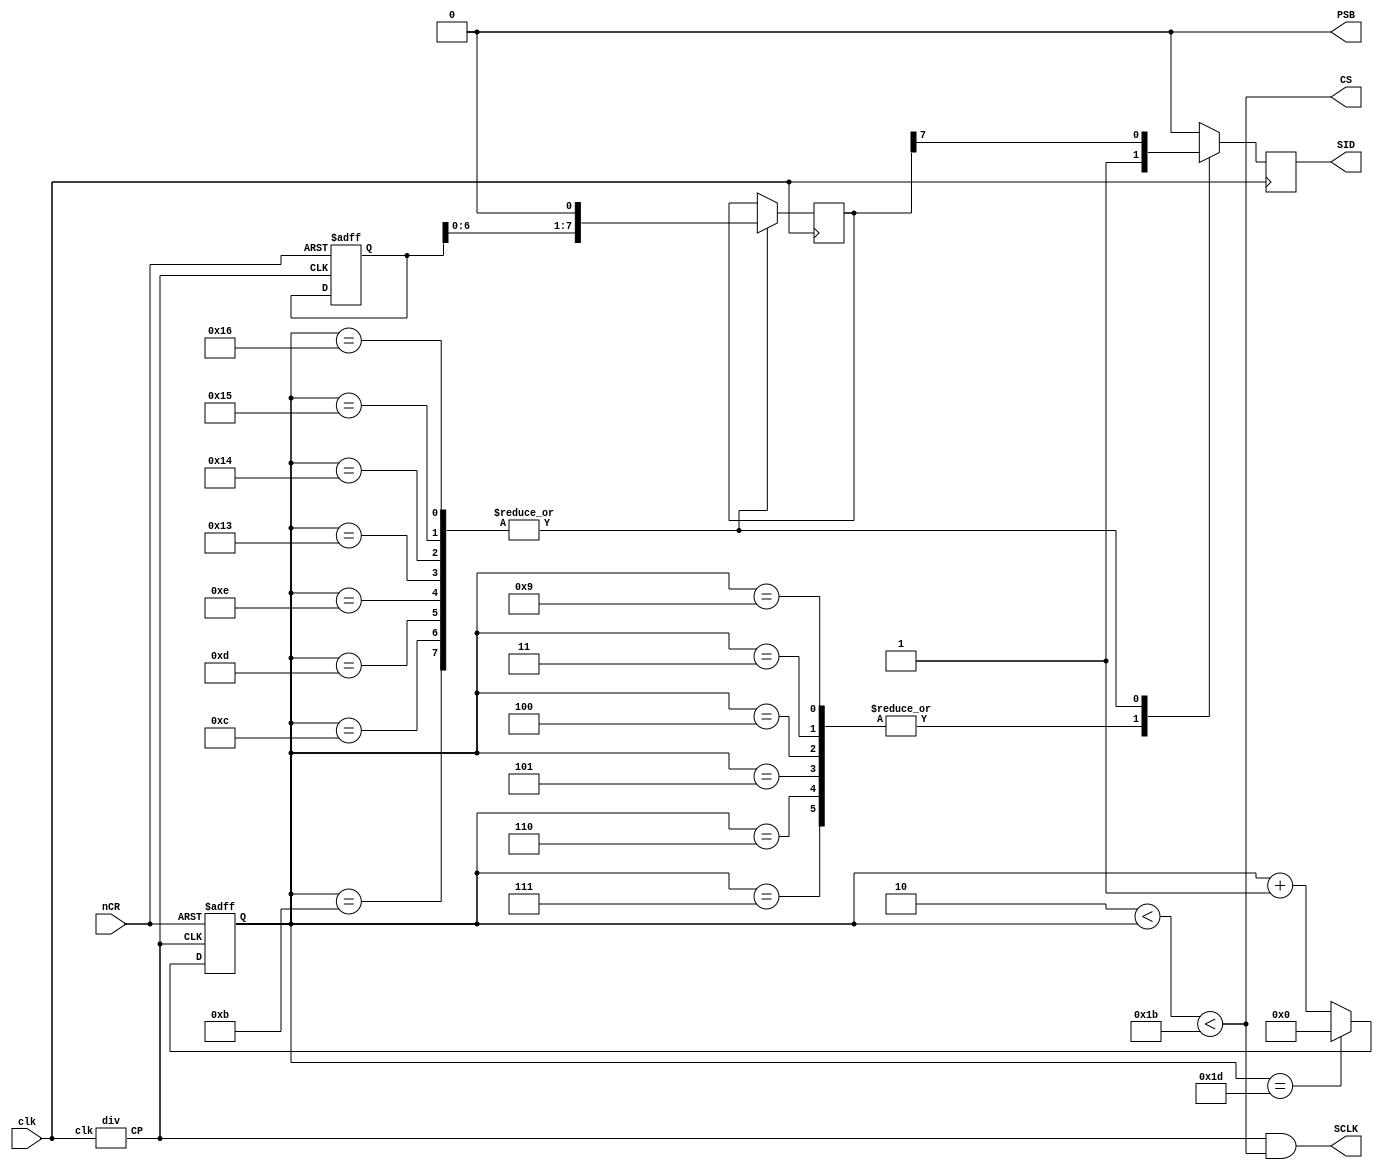
module LCD1(clk,nCR,CS,SCLK,SID,PSB);
input clk,nCR;

output CS,SCLK,SID;
reg SID;
reg [5:0]state;//0-2,3-26,27-29

reg [7:0]data;
reg [7:0]data2;
reg send;

output PSB;
supply0 PSB;//series mode


////////
wire CP;
div DIV(clk,CP);

/////////
//state machine running
always@(posedge CP or negedge nCR)
begin
	if(~nCR)
		begin
		state<=6'd0;
		data<=8'b1010101;
		end
	else if(state==6'd29)
		state<=6'd0;
	else
		state<=state+1'b1;
end

assign CS=(6'd2<state<6'd27);
assign SCLK=CP&&(6'd2<state<6'd27);

always@(posedge clk)
begin
	case(state)
	//first byte
	6'd3,6'd4,6'd5,6'd6,6'd7:SID<=1'b1;
	6'd8:SID<=0;  //TO LCD
	6'd9:SID<=1'b1;  //disply=1,control=0
	6'd10:SID<=0; //stuck in 0;
	
	//2th byte
	6'd11:begin data2<=data<<1;SID<=data2[7]; end
	6'd12:begin data2<=data<<1;SID<=data2[7]; end
	6'd13:begin data2<=data<<1;SID<=data2[7]; end
	6'd14:begin data2<=data<<1;SID<=data2[7]; end
	6'd15,6'd16,6'd17,6'd18:SID<=0;
	
	//3th byte
	6'd19:begin data2<=data<<1;SID<=data2[7]; end
	6'd20:begin data2<=data<<1;SID<=data2[7]; end
	6'd21:begin data2<=data<<1;SID<=data2[7]; end
	6'd22:begin data2<=data<<1;SID<=data2[7]; end
	6'd23,6'd24,6'd25,6'd26:SID<=0;	
	
	default: SID<=0;
	
	endcase
end

endmodule 




module div(clk,CP);
input clk;
output CP;
reg CP;
reg [6:0] cnt;

always@(posedge clk)
begin
	if(cnt==7'd100)
		begin
		cnt<=7'd0;
		CP<=~CP;
		end
	else
		cnt<=cnt+1'b1;
end
endmodule 















/*module LCD1(CP,out,out2,nCR);
input CP,nCR;
output [7:0]out;
output [7:0]out2;

reg [7:0]out;

wire clk;
wire clk2;

divide1 U(CP,clk,nCR);

divide1 U2(clk,clk2,nCR);

always @ (negedge clk or negedge nCR)
	begin
	if(~nCR)
		out<=8'b10111010;
	else
		out<=out+1'b1;
	end

assign out2=((out||8'b00010000)&&8'b11110111);
//assign out2[4:3]=2'b10;
		
endmodule 



module divide1(CP,OUT,nCR);
input CP,nCR;
output OUT;
reg OUT;

reg [31:0] cnt ;

always @(posedge CP or negedge nCR)
if(~nCR)
	{cnt,OUT}<=33'b0;
else if(cnt==31'h500000)
	begin
		cnt<=32'b0;
		OUT<=~OUT;
	end
else
	cnt<=cnt+1'b1;

endmodule */